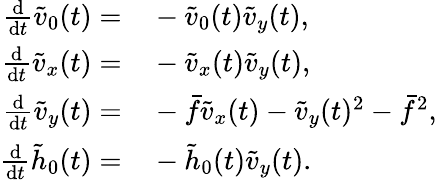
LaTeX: \begin{array}{rl}{\frac{\mathrm{d}}{\mathrm{d}t}\tilde{v}_{0}(t)=}&{{}-\tilde{v}_{0}(t)\tilde{v}_{y}(t),}\\ {\frac{\mathrm{d}}{\mathrm{d}t}\tilde{v}_{x}(t)=}&{{}-\tilde{v}_{x}(t)\tilde{v}_{y}(t),}\\ {\frac{\mathrm{d}}{\mathrm{d}t}\tilde{v}_{y}(t)=}&{{}-\bar{f}\tilde{v}_{x}(t)-\tilde{v}_{y}(t)^{2}-\bar{f}^{2},}\\ {\frac{\mathrm{d}}{\mathrm{d}t}\tilde{h}_{0}(t)=}&{{}-\tilde{h}_{0}(t)\tilde{v}_{y}(t).}\end{array}